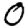
Digit: 0